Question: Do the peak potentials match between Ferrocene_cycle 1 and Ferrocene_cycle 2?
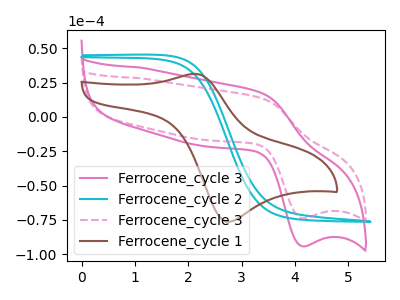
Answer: <think>The pink curve "Ferrocene_cycle 3" has an anodic peak at (3.35V, 17.55uA) and a cathodic peak at (4.15V, -94.20uA). The cyan curve "Ferrocene_cycle 2" has no peaks. The pink dashed curve "Ferrocene_cycle 3" has an anodic peak at (3.35V, 13.75uA) and a cathodic peak at (4.15V, -73.85uA). The brown curve "Ferrocene_cycle 1" has an anodic peak at (2.10V, 31.35uA) and a cathodic peak at (2.80V, -76.35uA).</think>
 <answer>No, "Ferrocene_cycle 1" and "Ferrocene_cycle 2" have a different number of peaks.</answer>
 <eval>different_amount</eval>